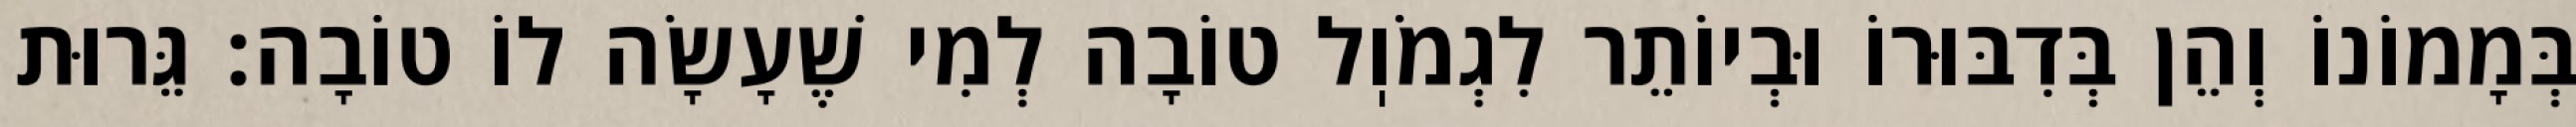
בְּמָמוֹנוֹ וְהֵן בְּדִבּוּרוֹ וּבְיוֹתֵר לִגְמֹוֽל טוֹבָה לְמִי שֶׁעָשָׂה לוֹ טוֹבָה: גֵּרוּת